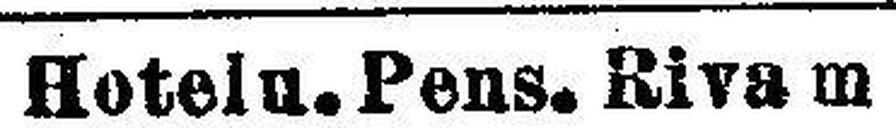
Riva a. Gardasee.